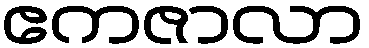
ဧကဇာလာ